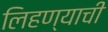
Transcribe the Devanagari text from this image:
लिहण्याची